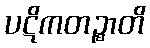
ပဋိကတဉ္စာတိ